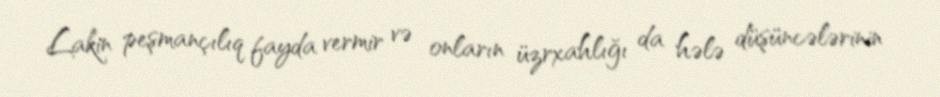
Lakin peşmançılıq fayda vermir və onların üzrxahlığı da hələ düşüncələrinin